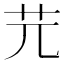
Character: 𦬂